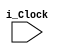
module for_loop_synthesis (i_Clock);
	input i_Clock;	
	integer ii;
	reg [3:0] r_Shift_With_For = 4'h1;
	reg [3:0] r_Shift_Regular = 4'h1;
	
	always@(posedge i_Clock)
		begin
			for(ii=0; ii<3; ii=ii+1)
				r_Shift_With_For[ii+1] <= r_Shift_With_For[ii];
		end

	always@(posedge i_Clock)
		begin
			r_Shift_Regular[1] <= r_Shift_Regular[0];
			r_Shift_Regular[2] <= r_Shift_Regular[1];
			r_Shift_Regular[3] <= r_Shift_Regular[2];
		end
endmodule